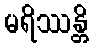
မရိဿန္တိ